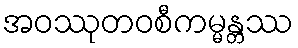
အဝဿုတဝစီကမ္မန္တဿ